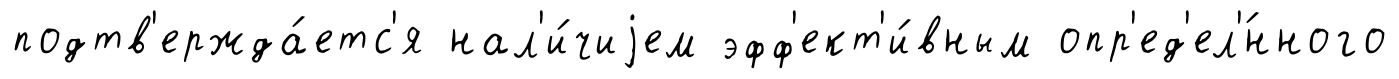
подтв'ержда́етс'я нал'и́чиjем эфф'ект'и́вным опр'ед'ел'́нного